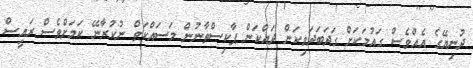
ދުނިޔޭގެ އެއްވެސް ގައުމަކަށް ގަދަބަދަވިކަން ދައްކަން ޕާކިސްތާނުން މަސައްކަތް ނުކުރާނޭ ކަމަށްވެސް ރައީސް